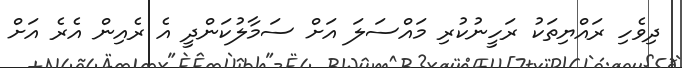
ދިވެހި ރައްޔިތަކު ރަހީނުކުރި މައްސަލަ އަށް ސަމާލުކަންދީ އެ ރެއިން އެރެ އަށް